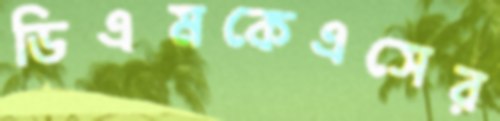
ডিএমকেএসের